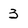
Character: 3